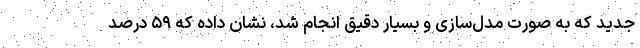
جدید که به صورت مدل‌سازی و بسیار دقیق انجام شد، نشان داده که ۵۹ درصد